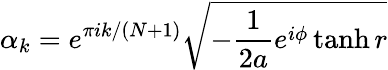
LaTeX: \alpha_{k}=e^{\pi ik/(N+1)}\sqrt{-\frac{1}{2a}e^{i\phi}\operatorname{tanh}r}